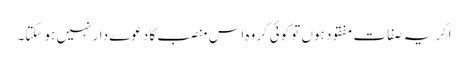
اگر یہ صفات مفقود ہوں تو کوئی گروہ اس منصب کا دعوے دار نہیں ہو سکتا۔